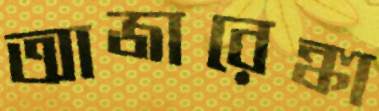
আজারেঙ্কা